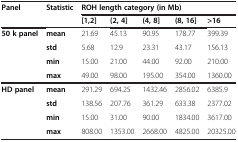
<table><thead><tr><td rowspan="2"><b>Panel</b></td><td rowspan="2"><b>Statistic</b></td><td colspan="5"><b>ROH length category (in Mb)</b></td></tr><tr><td><b>[1,2]</b></td><td><b>(2, 4]</b></td><td><b>(4, 8]</b></td><td><b>(8, 16]</b></td><td><b>&gt;16</b></td></tr></thead><tbody><tr><td rowspan="4"><b>50 k panel</b></td><td><b>mean</b></td><td>21.69</td><td>45.13</td><td>90.95</td><td>178.77</td><td>399.39</td></tr><tr><td><b>std</b></td><td>5.68</td><td>12.9</td><td>23.31</td><td>43.17</td><td>156.13</td></tr><tr><td><b>min</b></td><td>15.00</td><td>21.00</td><td>44.00</td><td>92.00</td><td>210.00</td></tr><tr><td><b>max</b></td><td>49.00</td><td>98.00</td><td>195.00</td><td>354.00</td><td>1360.00</td></tr><tr><td rowspan="4"><b>HD panel</b></td><td><b>mean</b></td><td>291.29</td><td>694.25</td><td>1432.46</td><td>2856.02</td><td>6385.9</td></tr><tr><td><b>std</b></td><td>138.56</td><td>207.76</td><td>361.29</td><td>633.38</td><td>2377.02</td></tr><tr><td><b>min</b></td><td>15.00</td><td>31.00</td><td>90.00</td><td>1834.00</td><td>3617.00</td></tr><tr><td><b>max</b></td><td>808.00</td><td>1353.00</td><td>2668.00</td><td>4825.00</td><td>20325.00</td></tr></tbody></table>